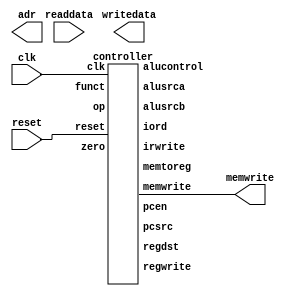
//-------------------------------------------------------
// mipsmulti.sv
// From David_Harris and Sarah_Harris book design
// Multicycle MIPS processor
//------------------------------------------------

module mips(input         clk, reset,
            output [31:0] adr, writedata,
            output        memwrite,
            input  [31:0] readdata);

  wire        zero, pcen, irwrite, regwrite,
               alusrca, iord, memtoreg, regdst;
              wire [3:0] alucontrol;
              wire [1:0] alusrcb, pcsrc;
              wire [5:0] op, funct;
 
  

  controller c(clk, reset, op, funct, zero,
               pcen, memwrite, irwrite, regwrite,
               alusrca, iord, memtoreg, regdst, 
               alusrcb, pcsrc, alucontrol); 
/*  datapath dp(clk, reset, 
              pcen, irwrite, regwrite,
              alusrca, iord, memtoreg, regdst,
              alusrcb, pcsrc, alucontrol,  
              op, funct, zero,
              adr, writedata, readdata);
*/
endmodule

module controller(input        clk, reset,
                  input  [5:0] op, funct,
                  input        zero,
                  output       pcen, memwrite, irwrite, regwrite,
                  output       alusrca, iord, memtoreg, regdst,
                  
                  output [1:0] alusrcb, pcsrc, 
		              output [3:0] alucontrol);
 		
  wire [1:0] aluop; 
  wire       branch, pcwrite;
  
  // Main Decoder and ALU Decoder subunits.
  maindec md(clk, reset, op,
             pcwrite, memwrite, irwrite, regwrite,
             alusrca, branch, iord, memtoreg, regdst, 
             alusrcb, pcsrc, aluop); 
  aludec  ad(funct, aluop, alucontrol);

  // ADD CODE HERE
  // Add combinational logic (i.e. an assign statement) 
  // to produce the PCEn signal (pcen) from the branch, 
  // zero, and pcwrite signals
  assign pcen = pcwrite | (branch & zero); 
 
 
 
endmodule

module maindec(input        clk, reset, 
               input  [5:0] op, 
               output       pcwrite, memwrite, irwrite, regwrite,
               output       alusrca, branch, iord, memtoreg, regdst,
               output [1:0] alusrcb, pcsrc, 
               output [1:0] aluop);
               

  parameter   FETCH   = 4'b0000; 	// State 0
  parameter   DECODE  = 4'b0001; 	// State 1
  parameter   MEMADR  = 4'b0010;	// State 2
  parameter   MEMRD   = 4'b0011;	// State 3
  parameter   MEMWB   = 4'b0100;	// State 4
  parameter   MEMWR   = 4'b0101;	// State 5
  parameter   RTYPEEX = 4'b0110;	// State 6
  parameter   RTYPEWB = 4'b0111;	// State 7
  parameter   BEQEX   = 4'b1000;	// State 8
  parameter   ADDIEX  = 4'b1001;	// State 9
  parameter   ADDIWB  = 4'b1010;	// state 10
  parameter   JEX     = 4'b1011;	// State 11

  parameter   LW      = 6'b100011;	// Opcode for lw
  parameter   SW      = 6'b101011;	// Opcode for sw
  parameter   RTYPE   = 6'b000000;	// Opcode for R-type
  parameter   BEQ     = 6'b000100;	// Opcode for beq
  parameter   ADDI    = 6'b001000;	// Opcode for addi
  parameter   J       = 6'b000010;	// Opcode for j


  reg [3:0]  state, nextstate;
  reg [14:0] controls;

  // state register
  always @(posedge clk or posedge reset)			
    if(reset) state <= FETCH;
    else state <= nextstate;

  // ADD CODE HERE
  // Finish entering the next state logic below.  We've completed the first 
  // two states, FETCH and DECODE, for you.

  // next state logic

  always @(*)
    case(state)
      FETCH:   nextstate <= DECODE;
      DECODE:  case(op)
                 LW:      nextstate <= MEMADR;
                 SW:      nextstate <= MEMADR;
                 RTYPE:   nextstate <= RTYPEEX;
                 BEQ:     nextstate <= BEQEX;
                 ADDI:    nextstate <= ADDIEX;
                 J:       nextstate <= JEX;
                 default: nextstate <= FETCH; // should never happen
                endcase
 		// Add code here
      MEMADR: case (op)
      		       LW:	    nextstate <= MEMRD;
                 SW:	    nextstate <= MEMWR;
                 default: nextstate <= FETCH;
                  // should never happen
                endcase
      		
      MEMRD:      nextstate <= MEMWB;
      MEMWB:      nextstate <= FETCH;
      MEMWR:      nextstate <= FETCH;
      RTYPEEX:    nextstate <= RTYPEWB;
      RTYPEWB:    nextstate <= FETCH;
      BEQEX:      nextstate <= FETCH;
      ADDIEX:     nextstate <= ADDIWB;
      ADDIWB:     nextstate <= FETCH;
      JEX:        nextstate <= FETCH;
      default: nextstate <= FETCH; // should never happen
    endcase

  // output logic
  assign {pcwrite, memwrite, irwrite, regwrite, 
          alusrca, branch, iord, memtoreg, regdst,
          alusrcb, pcsrc, aluop} = controls;

  // ADD CODE HERE
  // Finish entering the output logic below.  We've entered the
  // output logic for the first two states, S0 and S1, for you.
  always @(*)
    case(state)
      FETCH:   controls <= 15'h5010;
      DECODE:  controls <= 15'h0030;
    // your code goes here
      MEMADR  :  controls <= 15'h0420;
      MEMRD   :  controls <= 15'h0100;
      MEMWB   :  controls <= 15'h0880;
      MEMWR   :  controls <= 15'h2100;
      RTYPEEX :  controls <= 15'h0402;
      RTYPEWB :  controls <= 15'h0840;
      BEQEX   :  controls <= 15'h0605;
      ADDIEX  :  controls <= 15'h0420;
      ADDIWB  :  controls <= 15'h0800;
      JEX     :  controls <= 15'h4008;
      default: controls <= 15'hxxxx; // should never happen
    endcase
endmodule

module aludec(input  [5:0] funct,
              input  [1:0] aluop,
              output reg [3:0] alucontrol);

  // ADD CODE HERE
  // Complete the design for the ALU Decoder.
  // Your design goes here.  Remember that this is a combinational 
  // module. 

  // Remember that you may also reuse any code from previous labs.

   always@ (*)
    case(aluop)
      2'b00: alucontrol <= 4'b0000;  // add
      2'b01: alucontrol <= 4'b0010;  // sub
      2'b11: alucontrol <= 4'b0101;  // or                                            //NUEVA LINEAAAAAAAAAAAAAAAAAAAAAAAAAAAAAAAAAAAAAA
      default: case(funct)          // RTYPE
          6'b100000: alucontrol <= 4'b0000; // ADD
          6'b100010: alucontrol <= 4'b0010; // SUB
          6'b100100: alucontrol <= 4'b0100; // AND
          6'b100101: alucontrol <= 4'b0101; // OR
          6'b101010: alucontrol <= 4'b1010; // SLT
          default:   alucontrol <= 4'bxxx; // ???
        endcase
    endcase
endmodule



/*
// Complete the datapath module below for Lab 11.
// You do not need to complete this module for Lab 10

// The datapath unit is a structural verilog module.  That is,
// it is composed of instances of its sub-modules.  For example,
// the instruction register is instantiated as a 32-bit flopenr.
// The other submodules are likewise instantiated.

module datapath(input         clk, reset,
                input         pcen, irwrite, regwrite,
                input         alusrca, iord, memtoreg, regdst,
                input  [1:0]  alusrcb, pcsrc, 
                input  [2:0]  alucontrol,
                output [5:0]  op, funct,
                output        zero,
                output [31:0] adr, writedata, 
                input  [31:0] readdata);

  // Below are the internal signals of the datapath module.

  reg [4:0]  writereg;
  reg [31:0] pcnext, pc;
  reg [31:0] instr, data, srca, srcb;
  reg [31:0] a;
  reg [31:0] aluresult, aluout;
  reg [31:0] signimm;   // the sign-extended immediate
  reg [31:0] signimmsh;	// the sign-extended immediate shifted left by 2
  reg [31:0] wd3, rd1, rd2;

  // op and funct fields to controller
  assign op = instr[31:26];
  assign funct = instr[5:0];

  // Your datapath hardware goes below.  Instantiate each of the submodules
  // that you need.  Remember that alu's, mux's and various other 
  // versions of parameterizable modules are available in mipsparts.sv
  // from Lab 9. You'll likely want to include this verilog file in your
  // simulation.

  // We've included parameterizable 3:1 and 4:1 muxes below for your use.

  // Remember to give your instantiated modules applicable names
  // such as pcreg (PC register), wdmux (Write Data Mux), etc.
  // so it's easier to understand.

  // ADD CODE HERE

  // datapath
 
endmodule


module mux3 #(parameter WIDTH = 8)
             (input  [WIDTH-1:0] d0, d1, d2,
              input  [1:0]       s, 
              output [WIDTH-1:0] y);

  assign #1 y = s[1] ? d2 : (s[0] ? d1 : d0); 
endmodule

module mux4 #(parameter WIDTH = 8)
             (input  [WIDTH-1:0] d0, d1, d2, d3,
              input  [1:0]       s, 
              output [WIDTH-1:0] y);

   always_comb
      case(s)
         2'b00: y <= d0;
         2'b01: y <= d1;
         2'b10: y <= d2;
         2'b11: y <= d3;
      endcase
endmodule

*/